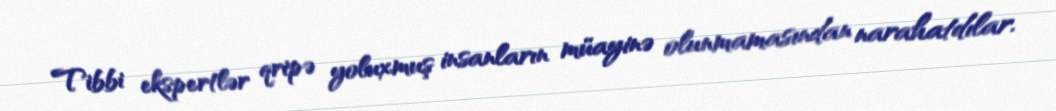
Tibbi ekspertlər qripə yoluxmuş insanların müayinə olunmamasından narahatdılar.